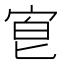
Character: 𡨇